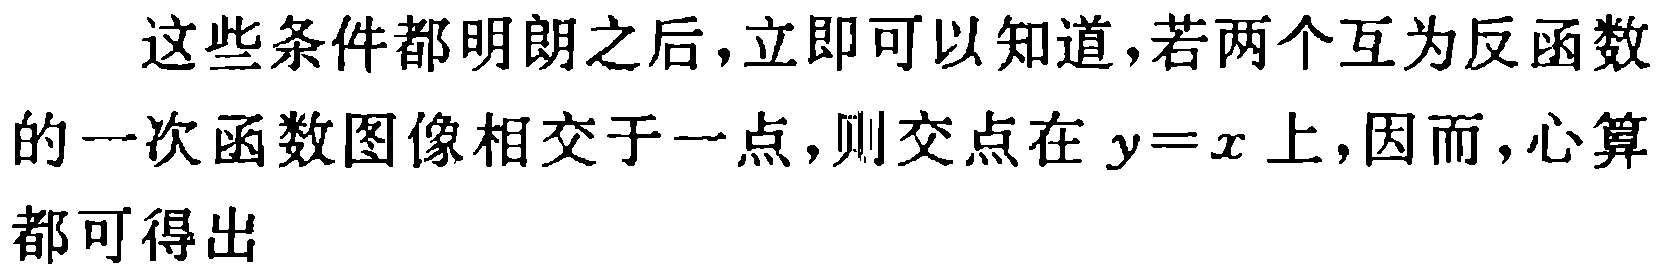
这些条件都明朗之后,立即可以知道,若两个互为反函数的一次函数图像相交于一点,则交点在 \(y = x\) 上,因而,心算都可得出